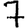
Digit: 7